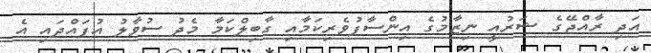
އަދި ރާއްޖޭގެ ޝަރުއީ ނިޒާމުގެ އިންސާފުވެރިކަމާއި ގާބިލްކަމާ މެދު ސުވާލު އުފައްދައި އެ